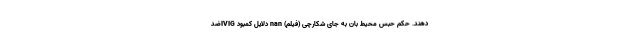
دهند. حکم حبس محیط بان به جای شکارچی (فیلم) nan دلایل کمبود IVIGضد